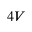
4 V